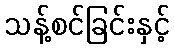
သန့်စင်ခြင်းနှင့်